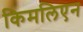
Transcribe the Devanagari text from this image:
किमलिएन